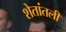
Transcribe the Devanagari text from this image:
शेतांतली